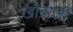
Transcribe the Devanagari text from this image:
खोब्राजी